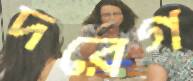
দরেগ